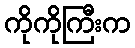
ကိုကိုကြီးက